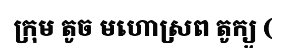
ក្រុម តូច មហោស្រព តូក្យូ (